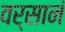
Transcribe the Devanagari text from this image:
वर्सानं